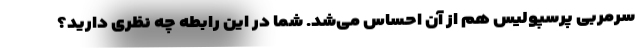
سرمربی پرسپولیس هم از آن احساس می‌شد. شما در این رابطه چه نظری دارید؟